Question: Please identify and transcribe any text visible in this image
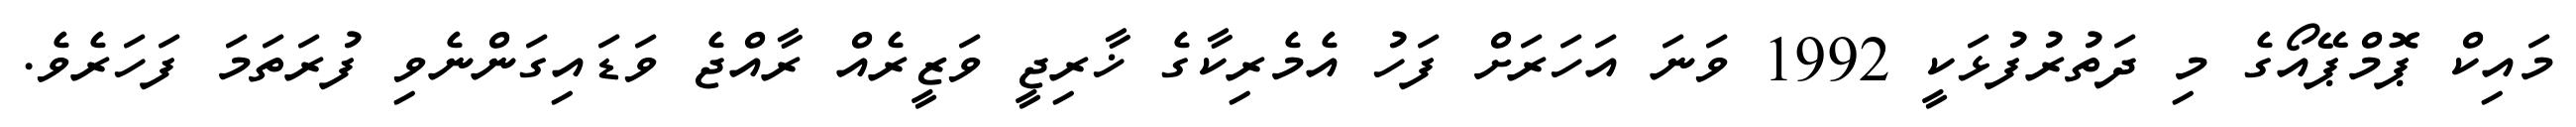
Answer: މައިކް ޕޮމްޕޭއޯގެ މި ދަތުރުފުޅަކީ 1992 ވަނަ އަހަރަށް ފަހު އެމެރިކާގެ ޚާރިޖީ ވަޒީރެއް ރާއްޖެ ވަޑައިގަންނެވި ފުރަތަމަ ފަހަރެވެ.